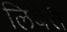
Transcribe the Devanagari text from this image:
लिबेरी